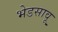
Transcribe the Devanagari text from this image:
भेडसावू